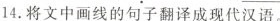
14.将文中画线的句子翻译成现代汉语。